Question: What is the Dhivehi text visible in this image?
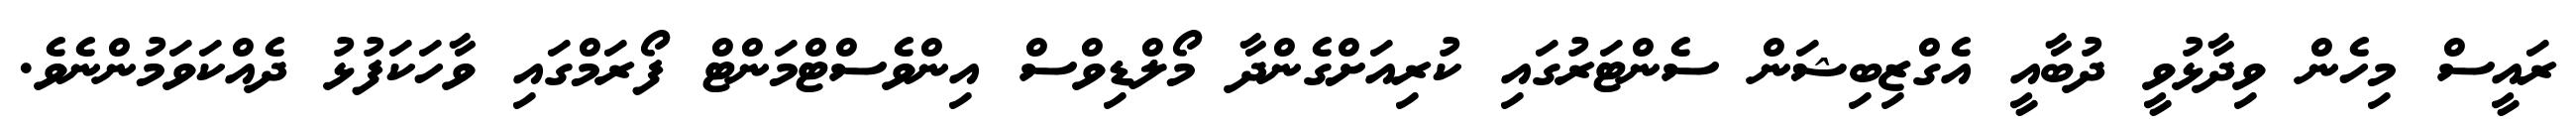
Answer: ރައީސް މިހެން ވިދާޅުވީ ދުބާއީ އެގްޒިބިޝަން ސެންޓަރުގައި ކުރިއަށްގެންދާ މޯލްޑިވްސް އިންވެސްޓްމަންޓް ފޯރަމްގައި ވާހަކަފުޅު ދެއްކަވަމުންނެވެ.